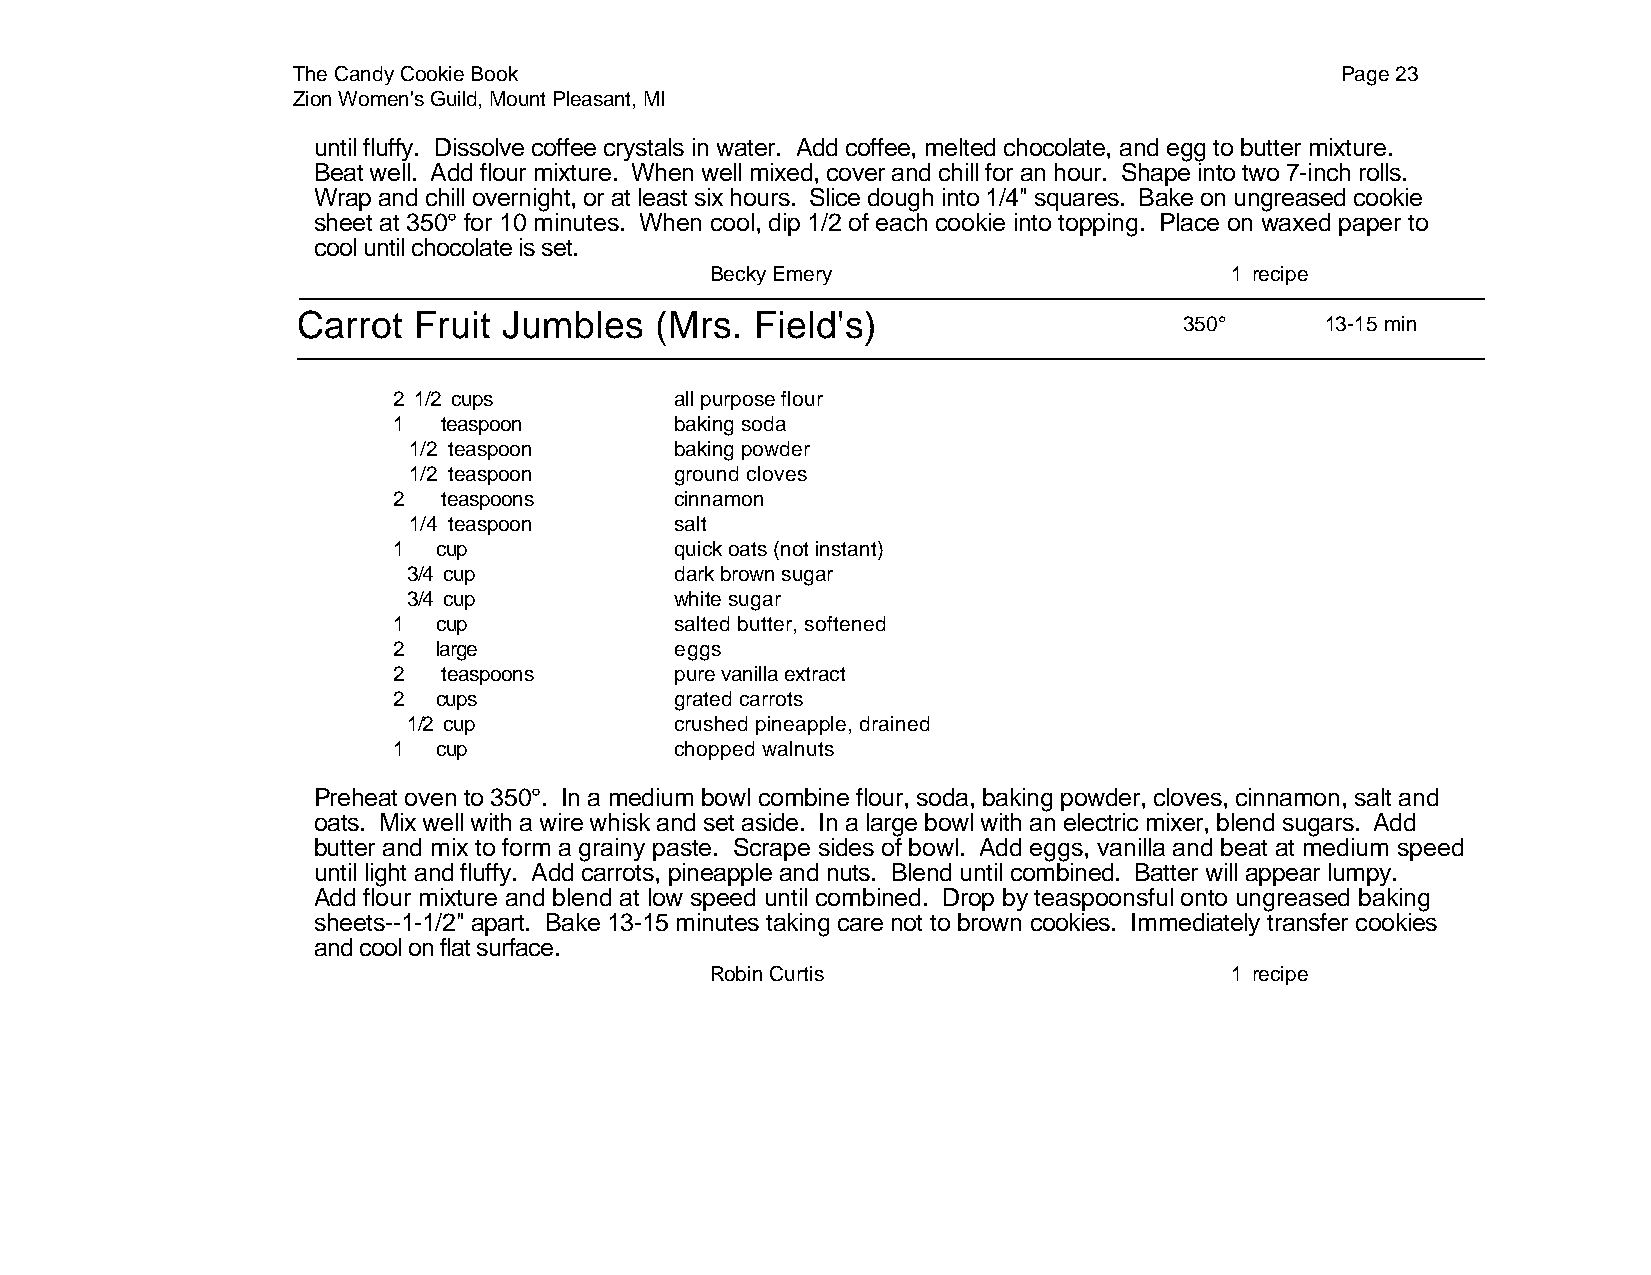
The Candy Cookie Book                                                 Page 23
 Zion Women's Guild, Mount Pleasant, MI
 until fluffy. Dissolve coffee crystals in water. Add coffee, melted chocolate, and egg to butter mixture.
 Beat well. Add flour mixture. When well mixed, cover and chill for an hour. Shape into two 7-inch rolls.
 Wrap and chill overnight, or at least six hours. Slice dough into 1/4" squares. Bake on ungreased cookie
 sheet at 350° for 10 minutes. When cool, dip 1/2 of each cookie into topping. Place on waxed paper to
 cool until chocolate is set.
 Becky Emery                       1 recipe
 Carrot Fruit Jumbles   (Mrs.  Field's)
 350°      13-15 min
 2 1/2 cups         all purpose flour
 1  teaspoon        baking soda
 1/2 teaspoon      baking powder
 1/2 teaspoon      ground cloves
 2  teaspoons       cinnamon
 1/4 teaspoon      salt
 1  cup             quick oats (not instant)
 3/4 cup           dark brown sugar
 3/4 cup           white sugar
 1  cup             salted butter, softened
 2  large           eggs
 2  teaspoons       pure vanilla extract
 2  cups            grated carrots
 1/2 cup           crushed pineapple, drained
 1  cup             chopped walnuts
 Preheat oven to 350°. In a medium bowl combine flour, soda, baking powder, cloves, cinnamon, salt and
 oats. Mix well with a wire whisk and set aside. In a large bowl with an electric mixer, blend sugars. Add
 butter and mix to form a grainy paste. Scrape sides of bowl. Add eggs, vanilla and beat at medium speed
 until light and fluffy. Add carrots, pineapple and nuts. Blend until combined. Batter will appear lumpy.
 Add flour mixture and blend at low speed until combined. Drop by teaspoonsful onto ungreased baking
 sheets--1-1/2" apart. Bake 13-15 minutes taking care not to brown cookies. Immediately transfer cookies
 and cool on flat surface.
 Robin Curtis                      1 recipe